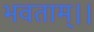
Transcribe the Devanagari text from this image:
भवताम्।।